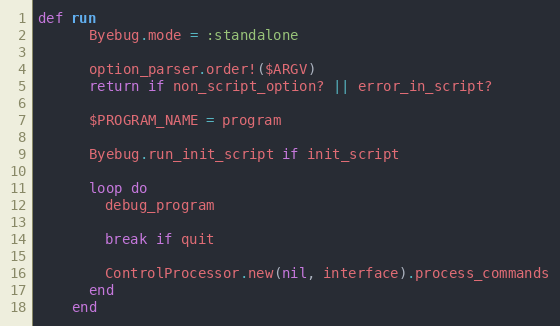
Language: Ruby
def run
      Byebug.mode = :standalone

      option_parser.order!($ARGV)
      return if non_script_option? || error_in_script?

      $PROGRAM_NAME = program

      Byebug.run_init_script if init_script

      loop do
        debug_program

        break if quit

        ControlProcessor.new(nil, interface).process_commands
      end
    end